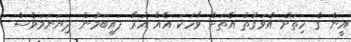
އީން ގެ ހިތަށް އެވަގުތު އެތަށް ވާހަކަ އެއް އަރާ ފައިބަމުން ދިޔަނަމަވެސް